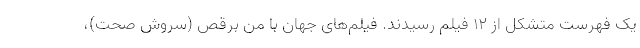
یک فهرست متشکل از 12 فیلم رسیدند. فیلم‌های جهان با من برقص (سروش صحت)،